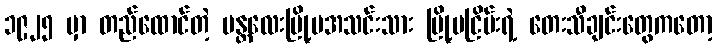
၁၉၂၅ မှာ တည်ထောင်တဲ့ မန္တလေးမြို့မအသင်းသား မြို့မငြိမ်းရဲ့ တေးသီချင်းတွေကတော့